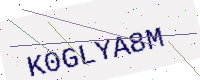
Text: K0GLYA8M